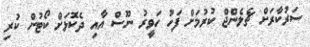
ސަރުކާރަށް ޗެލެންޖް ކުރުމަށް ފަހު ހަވީރު ނޫސް އާއި ދެކޮޅަށް ކޯޓުން ކުރި